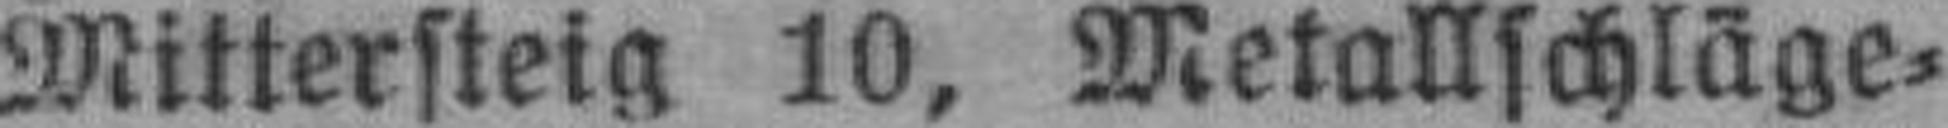
Mittersteig 10, Metallschläge¬